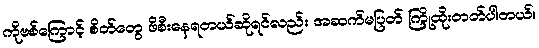
ကိုဗစ်ကြောင့် စိတ်တွေ ဖိစီးနေရတယ်ဆိုရင်လည်း အဆက်မပြတ် ကြို့ထိုးတတ်ပါတယ်။